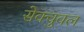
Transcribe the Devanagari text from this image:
सेक्चुवल